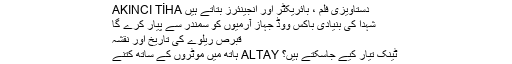
AKINCI TİHA دستاویزی فلم ، بائریکٹر اور انجینئرز بتاتے ہیں
شہدا کی بنیادی باکس ووڈ جہاز آرمیوں کو سمندر سے پیار کرے گا
قبرص ریلوے کی تاریخ اور نقشہ
ہاتھ میں موٹروں کے ساتھ کتنے ALTAY ٹینک تیار کیے جاسکتے ہیں؟